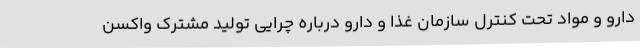
دارو و مواد تحت کنترل سازمان غذا و دارو درباره چرایی تولید مشترک واکسن